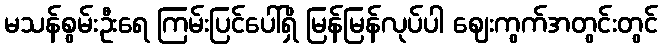
မသန်စွမ်းဦးရေ ကြမ်းပြင်ပေါ်ရှိ မြန်မြန်လုပ်ပါ ဈေးကွက်အတွင်းတွင်